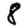
Digit: 8